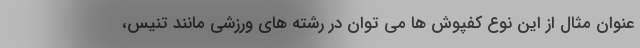
عنوان مثال از این نوع کفپوش ها می توان در رشته های ورزشی مانند تنیس،